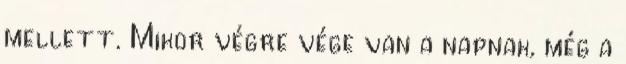
mellett. Mikor végre vége van a napnak, még a